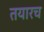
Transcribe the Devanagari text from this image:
तयारच